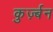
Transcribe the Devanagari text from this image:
कुर्ज़्बन